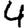
Digit: 4